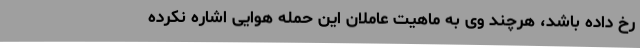
رخ داده باشد، هرچند وی به ماهیت عاملان این حمله هوایی اشاره نکرده